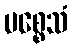
ပစ္စေသံ